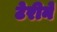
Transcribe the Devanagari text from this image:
टेरीने